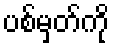
ပစ်မှတ်ကို